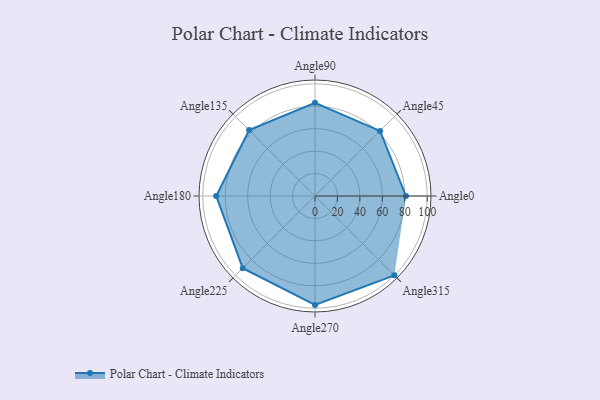
{"axis": {"x": "Angle", "y": "Radius"}, "legend": [""], "data": [{"x": "Angle0", "y": 81.0, "type": ""}, {"x": "Angle45", "y": 82.0, "type": ""}, {"x": "Angle90", "y": 83.0, "type": ""}, {"x": "Angle135", "y": 83.0, "type": ""}, {"x": "Angle180", "y": 88.0, "type": ""}, {"x": "Angle225", "y": 91.0, "type": ""}, {"x": "Angle270", "y": 97.0, "type": ""}, {"x": "Angle315", "y": 100.0, "type": ""}]}